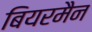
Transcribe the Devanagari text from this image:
बियरमैन